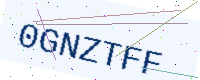
Text: 0GNZTFF